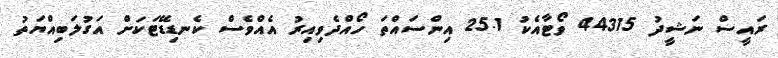
ރައީސް ނަޝީދު 44315 ވޯޓާއެކު 25.1 އިންސައްތަ ހޯއްދެވިއިރު އެއްވެސް ކެނޑިޑޭޓަކަށް އަގުލަބިއްޔަތު